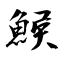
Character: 鯸